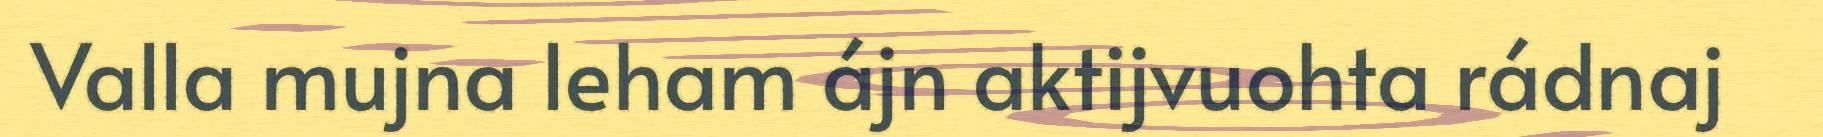
Valla mujna leham ájn aktijvuohta rádnaj